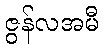
ဇွန်လအမီ